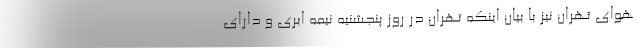
هوای تهران نیز با بیان اینکه تهران در روز پنجشنیه نیمه ابری و دارای